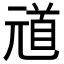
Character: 𫤞